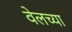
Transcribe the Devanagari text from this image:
वेलच्या